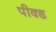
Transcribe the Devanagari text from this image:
पीक्ड